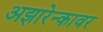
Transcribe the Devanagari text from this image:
अझारेन्कावर